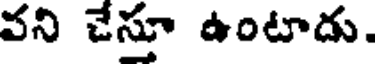
వని చేస్తూ ఉంటాదు.